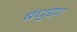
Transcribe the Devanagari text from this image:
बंधुद्वप